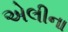
એલીના